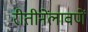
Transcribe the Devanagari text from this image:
रीतीनेंलावणें